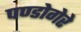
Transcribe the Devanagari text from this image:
पण्डोगेरे